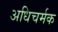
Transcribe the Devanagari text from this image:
अधिचर्मक